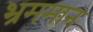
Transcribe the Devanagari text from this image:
भ्रममान